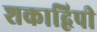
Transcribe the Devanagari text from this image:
शकाद्विपी